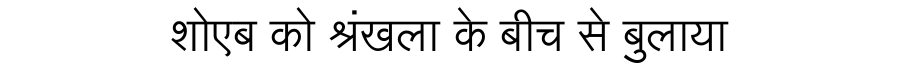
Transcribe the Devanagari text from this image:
शोएब को श्रंखला के बीच से बुलाया